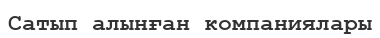
Сатып алынған компаниялары